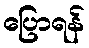
ပြောရန်